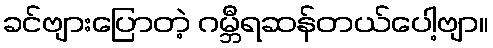
ခင်ဗျားပြောတဲ့ ဂမ္ဘီရဆန်တယ်ပေါ့ဗျာ။